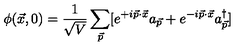
\phi ( \vec { x } , 0 ) = { \frac { 1 } { \sqrt { V } } } \sum _ { \vec { p } } [ e ^ { + i \vec { p } \cdot \vec { x } } a _ { \vec { p } } + e ^ { - i \vec { p } \cdot \vec { x } } a _ { \vec { p } } ^ { \dag } ]